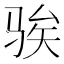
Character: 𫘤